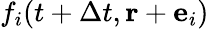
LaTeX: f_{i}(t+\Delta t,\mathbf{r}+{\mathbf e}_{i})